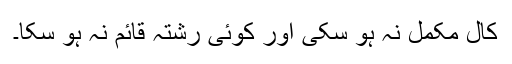
کال مکمل نہ ہو سکی اور کوئی رشتہ قائم نہ ہو سکا۔